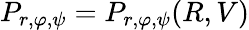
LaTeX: P_{r,\varphi,\psi}=P_{r,\varphi,\psi}(R,V)